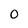
Character: 0